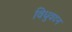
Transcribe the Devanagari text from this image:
विधुवदन